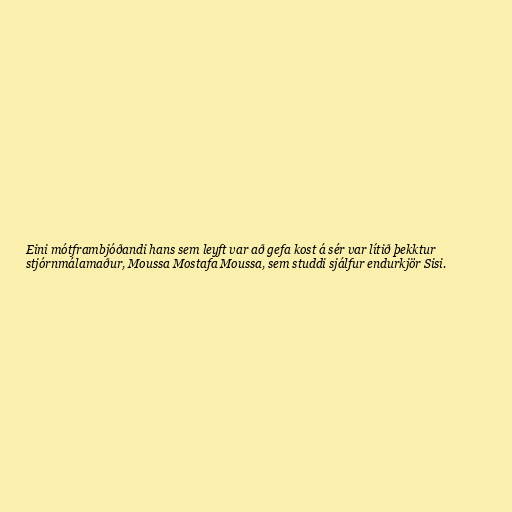
Eini mótframbjóðandi hans sem leyft var að gefa kost á sér var lítið þekktur
stjórnmálamaður, Moussa Mostafa Moussa, sem studdi sjálfur endurkjör Sisi.